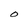
Character: O